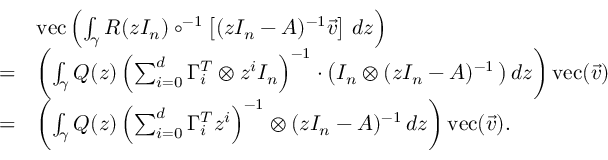
\begin{array} { r l } & { \mathrm { v e c } \left( \int _ { \gamma } R ( z I _ { n } ) \circ ^ { - 1 } \left[ ( z I _ { n } - A ) ^ { - 1 } \vec { v } \right] \, d z \right) } \\ { = } & { \left( \int _ { \gamma } Q ( z ) \left( \sum _ { i = 0 } ^ { d } \Gamma _ { i } ^ { T } \otimes z ^ { i } I _ { n } \right) ^ { - 1 } \cdot \left( I _ { n } \otimes ( z I _ { n } - A ) ^ { - 1 } \, \right) d z \right) \mathrm { v e c } ( \vec { v } ) } \\ { = } & { \left( \int _ { \gamma } Q ( z ) \left( \sum _ { i = 0 } ^ { d } \Gamma _ { i } ^ { T } z ^ { i } \right) ^ { - 1 } \otimes ( z I _ { n } - A ) ^ { - 1 } \, d z \right) \mathrm { v e c } ( \vec { v } ) . } \end{array}